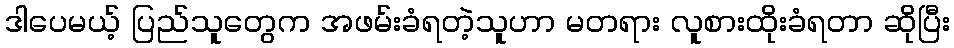
ဒါပေမယ့် ပြည်သူတွေက အဖမ်းခံရတဲ့သူဟာ မတရား လူစားထိုးခံရတာ ဆိုပြီး